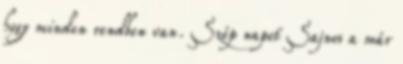
hogy minden rendben van. Szép napot Sajnos a már